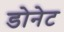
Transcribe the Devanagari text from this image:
डोनेट